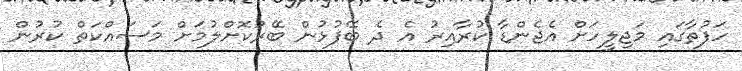
ހަފުތާގައި މަޖިލީހަށް އެޖެންޑާ ކުރާއިރު އެ ދެ ބޭފުޅުން ބޭރުކޮށްލުމަށް މަސައްކަތް ކުރުން